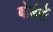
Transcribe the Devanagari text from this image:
बोर्डरों